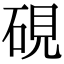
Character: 硯